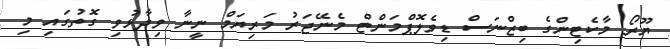
ޔޫރޯ މާކެޓިންގެ ބިޒްނަސް ޑިވެލޮޕްމަންޓް މެނޭޖަރު މަރިޔަމް ނީނާ ވިދާޅުވި ގޮތުގައި މި